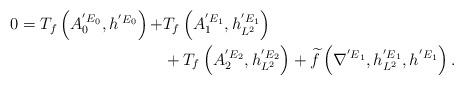
LaTeX: \begin{align*}\begin{aligned}0=T_{f}\left(A^{{'E}_{0}}_{0}, h^{{'E}_{0}}\right)+&T_{f}\left(A^{{'E}_{1}}_{1}, h^{{'E}_{1}}_{L^{2}}\right)\\&+T_{f}\left(A^{{'E}_{2}}_{2}, h^{{'E}_{2}}_{L^{2}}\right)+\widetilde{f}\left(\nabla^{{'E}_{1}},h^{{'E}_{1}}_{L^{2}}, h^{{'E}_{1}}\right).\end{aligned}\end{align*}